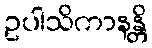
ဥပါသိကာနန္တိ